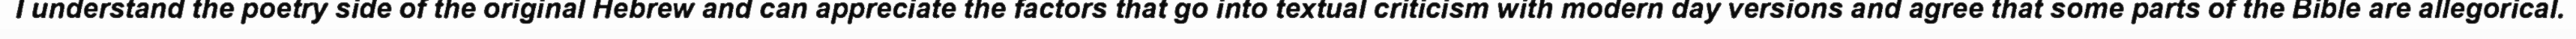
I understand the poetry side of the original Hebrew and can appreciate the factors that go into textual criticism with modern day versions and agree that some parts of the Bible are allegorical.